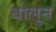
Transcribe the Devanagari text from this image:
बोलुन